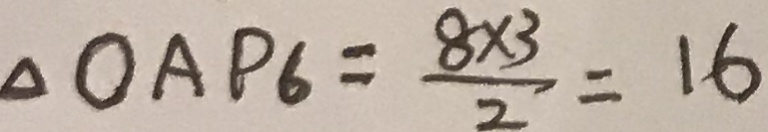
\Delta O A P 6 = \frac { 8 \times 3 } { 2 } = 1 6